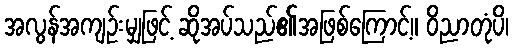
အလွန်အကျဉ်းမျှဖြင့် ဆိုအပ်သည်၏အဖြစ်ကြောင့်။ ဝိညာတုံပိ၊